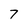
Character: 7